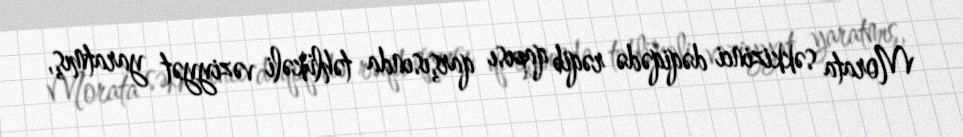
Morata səkkizinci dəqiqədə rəqib qapısı qarşısında təhlükəli vəziyyət yaratmış,